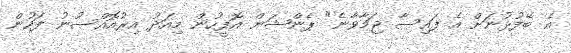
އެ ބޭފުޅުނަށް އެ ފައިސާ ޖަމާވާނެ" ޕެންޝަން އޮފީހުން މިއަދު އިރުއޮއްސުނު ފަހުން